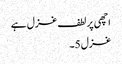
اچھی پر لطف غزل ہے
غزل 5۔